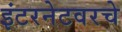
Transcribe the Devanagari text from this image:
इंटरनेटवरचे